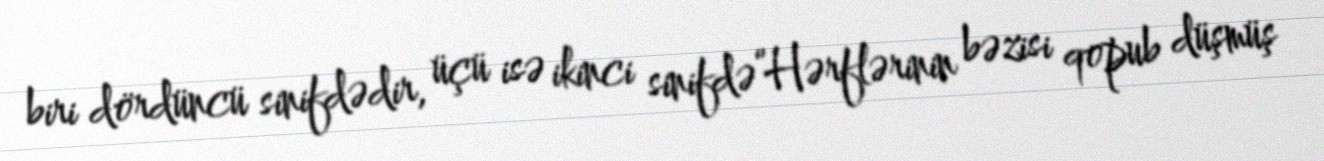
biri dördüncü sinifdədir, üçü isə ikinci sinifdə”Hərflərinin bəzisi qopub düşmüş